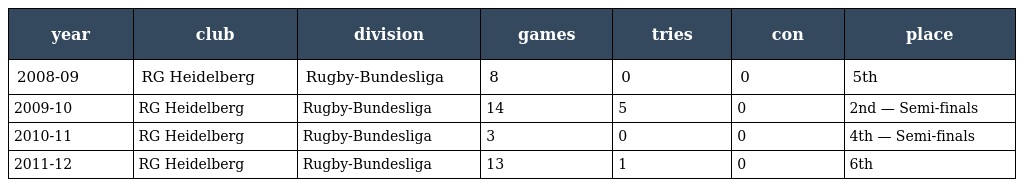
| year | club | division | games | tries | con | place |
 | --- | --- | --- | --- | --- | --- | --- |
 | 2008-09 | RG Heidelberg | Rugby-Bundesliga | 8 | 0 | 0 | 5th |
 | 2009-10 | RG Heidelberg | Rugby-Bundesliga | 14 | 5 | 0 | 2nd — Semi-finals |
 | 2010-11 | RG Heidelberg | Rugby-Bundesliga | 3 | 0 | 0 | 4th — Semi-finals |
 | 2011-12 | RG Heidelberg | Rugby-Bundesliga | 13 | 1 | 0 | 6th |